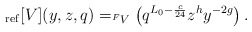
\begin{align*} _{\rm ref}[V](y, z, q) = _{^F V } \left( q^{L_0 -\frac{c}{24}} z^{h} y^{-2g} \right). \end{align*}